Eesti_Vabariigi_Tartu_Ulikool, lk 192
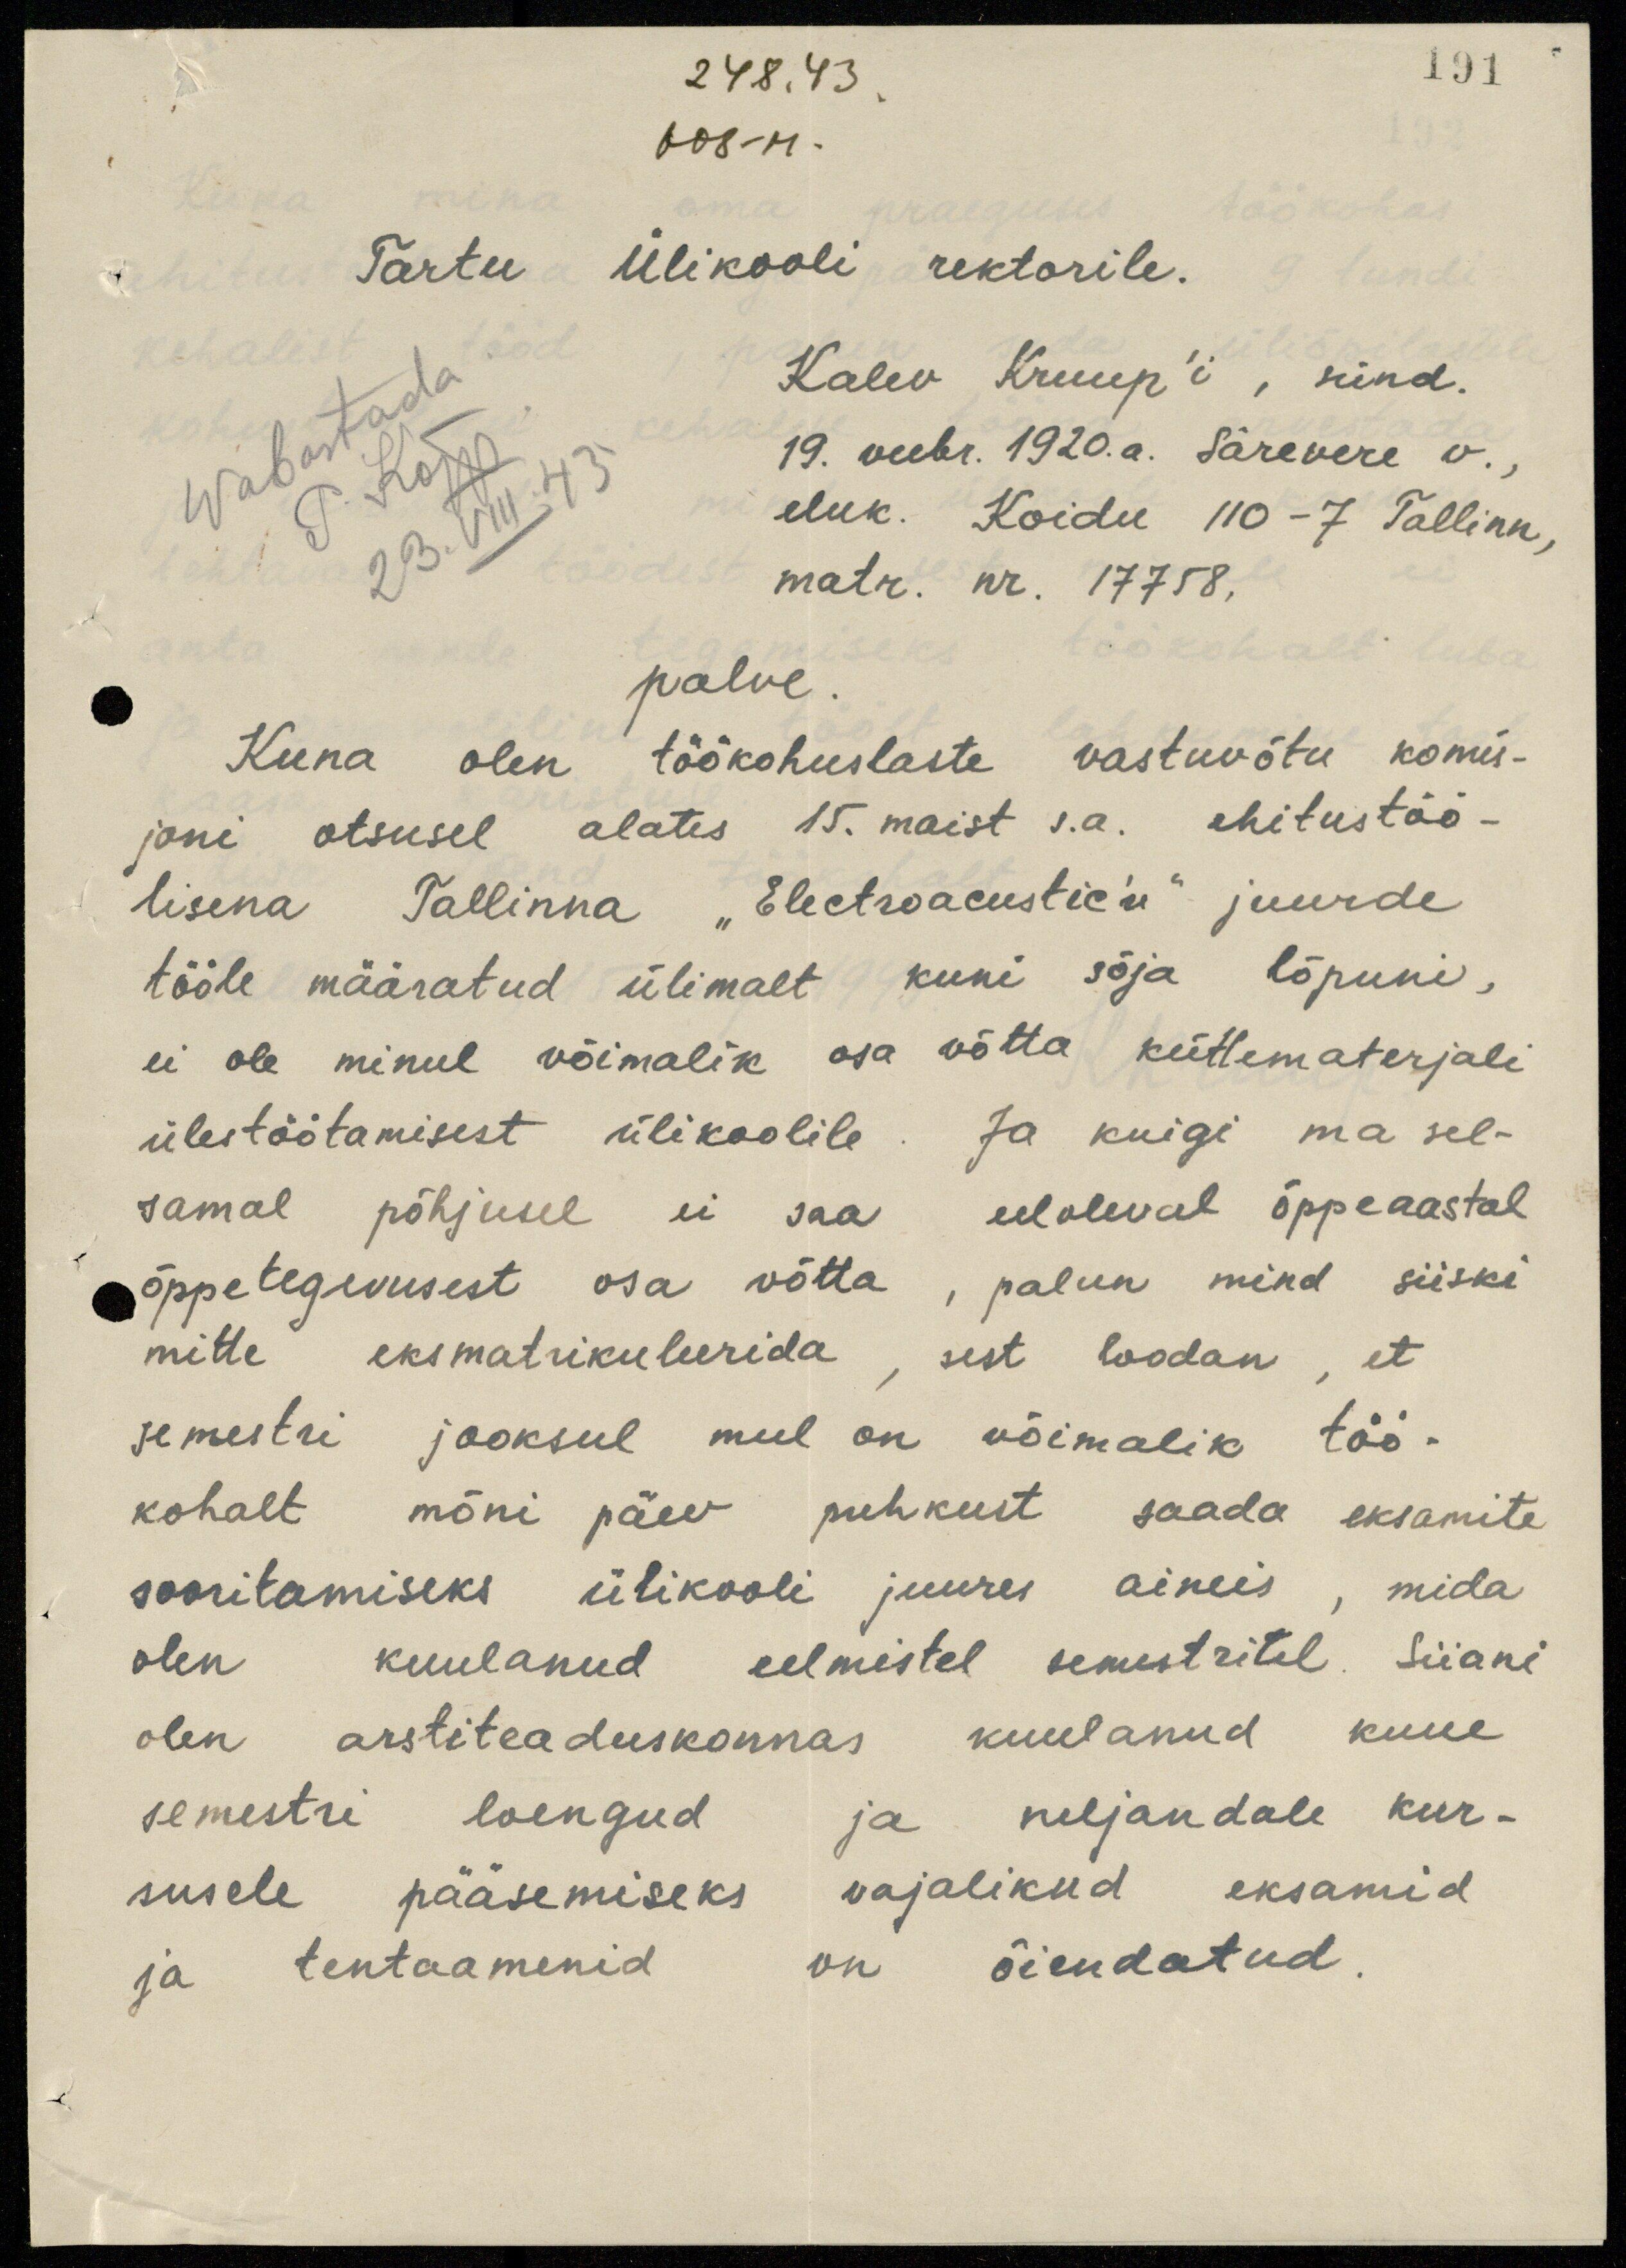
191

24.8.43
608-M.
Tartu Ülikooli rektorile.
Wabastada
P. Kõpp
23.VIII.43
Kalev Kruup'i, sünd.
19. veebr. 1920. a. Särevere v.,
eluk. Koidu 110 - 7 Tallinn,
matr. nr. 17758,
palve.
Kuna olen töökohuslaste vastuvõtu komis-
joni otsusel alates 15. maist s.a. ehitustöö-
lisena Tallinna "Electroacustic'u" juurde
tööle määratud ülimalt kuni sõja lõpuni,
ei ole minul võimalik osa vòtta küttematerjali
ülestöötamisest ülikoolile. Ja kuigi ma sel-
samal põhjusel ei saa eeloleval õppeaastal
õppetegevusest osa võtta , palun mind siiski
mitte eksmatrikuleerida , sest loodan , et
semestri jooksul mul on võimalik töö-
kohalt mõni päev puhkust saada eksamite
sooritamiseks ülikooli juures aineis, mida
olen kuulanud eelmistel semestritel. Siiani
olen arstiteaduskonnas kuulanud kuue
semestri loengud ja neljandale kur-
susele pääsemiseks vajalikud eksamid
ja tentaamenid on õiendatud.